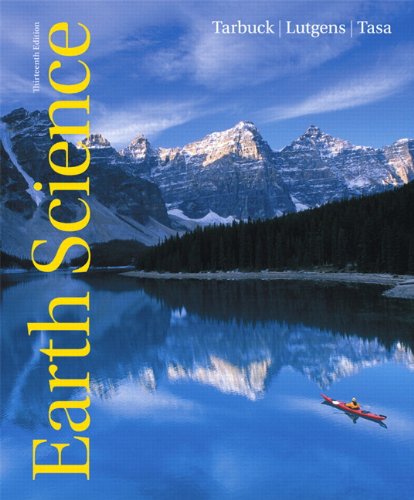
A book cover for Earth Science (13th Edition); Edward J. Tarbuck; Science & Math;